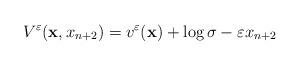
LaTeX: \begin{align*} V^\varepsilon (\mathbf{x},x_{n+2}) = v^\varepsilon(\mathbf{x})+ \log \sigma - \varepsilon x_{n+2}\end{align*}